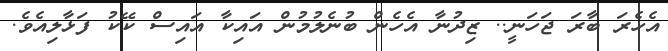
އެހެރަ ބާރަ ޖަހަނީ.. ޒިދުނާ އެހެން ބުނެލުމުން އައިކާ އައިސް ކޭކު ފަޅާލިއެވެ.